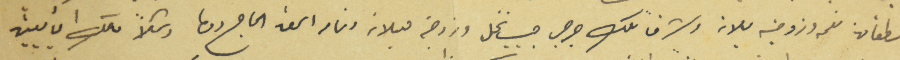
اسطفان نعمه وزوجته بلانه وشرقاً ملك جرجس حبيب نخل وزوجته ميلانه وتمام العقد الحاج دوما وشمالاً ملك الاثنين البايعين